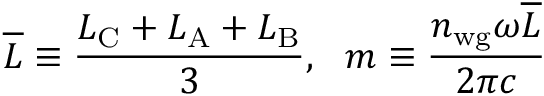
\overline { { L } } \equiv \frac { L _ { \mathrm { C } } + L _ { \mathrm { A } } + L _ { \mathrm { B } } } { 3 } , \ \ m \equiv \frac { n _ { \mathrm { w g } } \omega \overline { { L } } } { 2 \pi c }